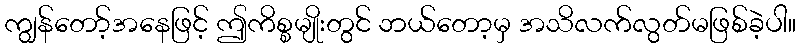
ကျွန်တော့်အနေဖြင့် ဤကိစ္စမျိုးတွင် ဘယ်တော့မှ အသိလက်လွတ်မဖြစ်ခဲ့ပါ။